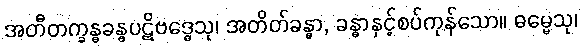
အတီတက္ခန္ဓခန္ဓပဋိဗဒ္ဓေသု၊ အတိတ်ခန္ဓာ, ခန္ဓာနှင့်စပ်ကုန်သော။ ဓမ္မေသု၊